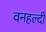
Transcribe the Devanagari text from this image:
वनहल्दी